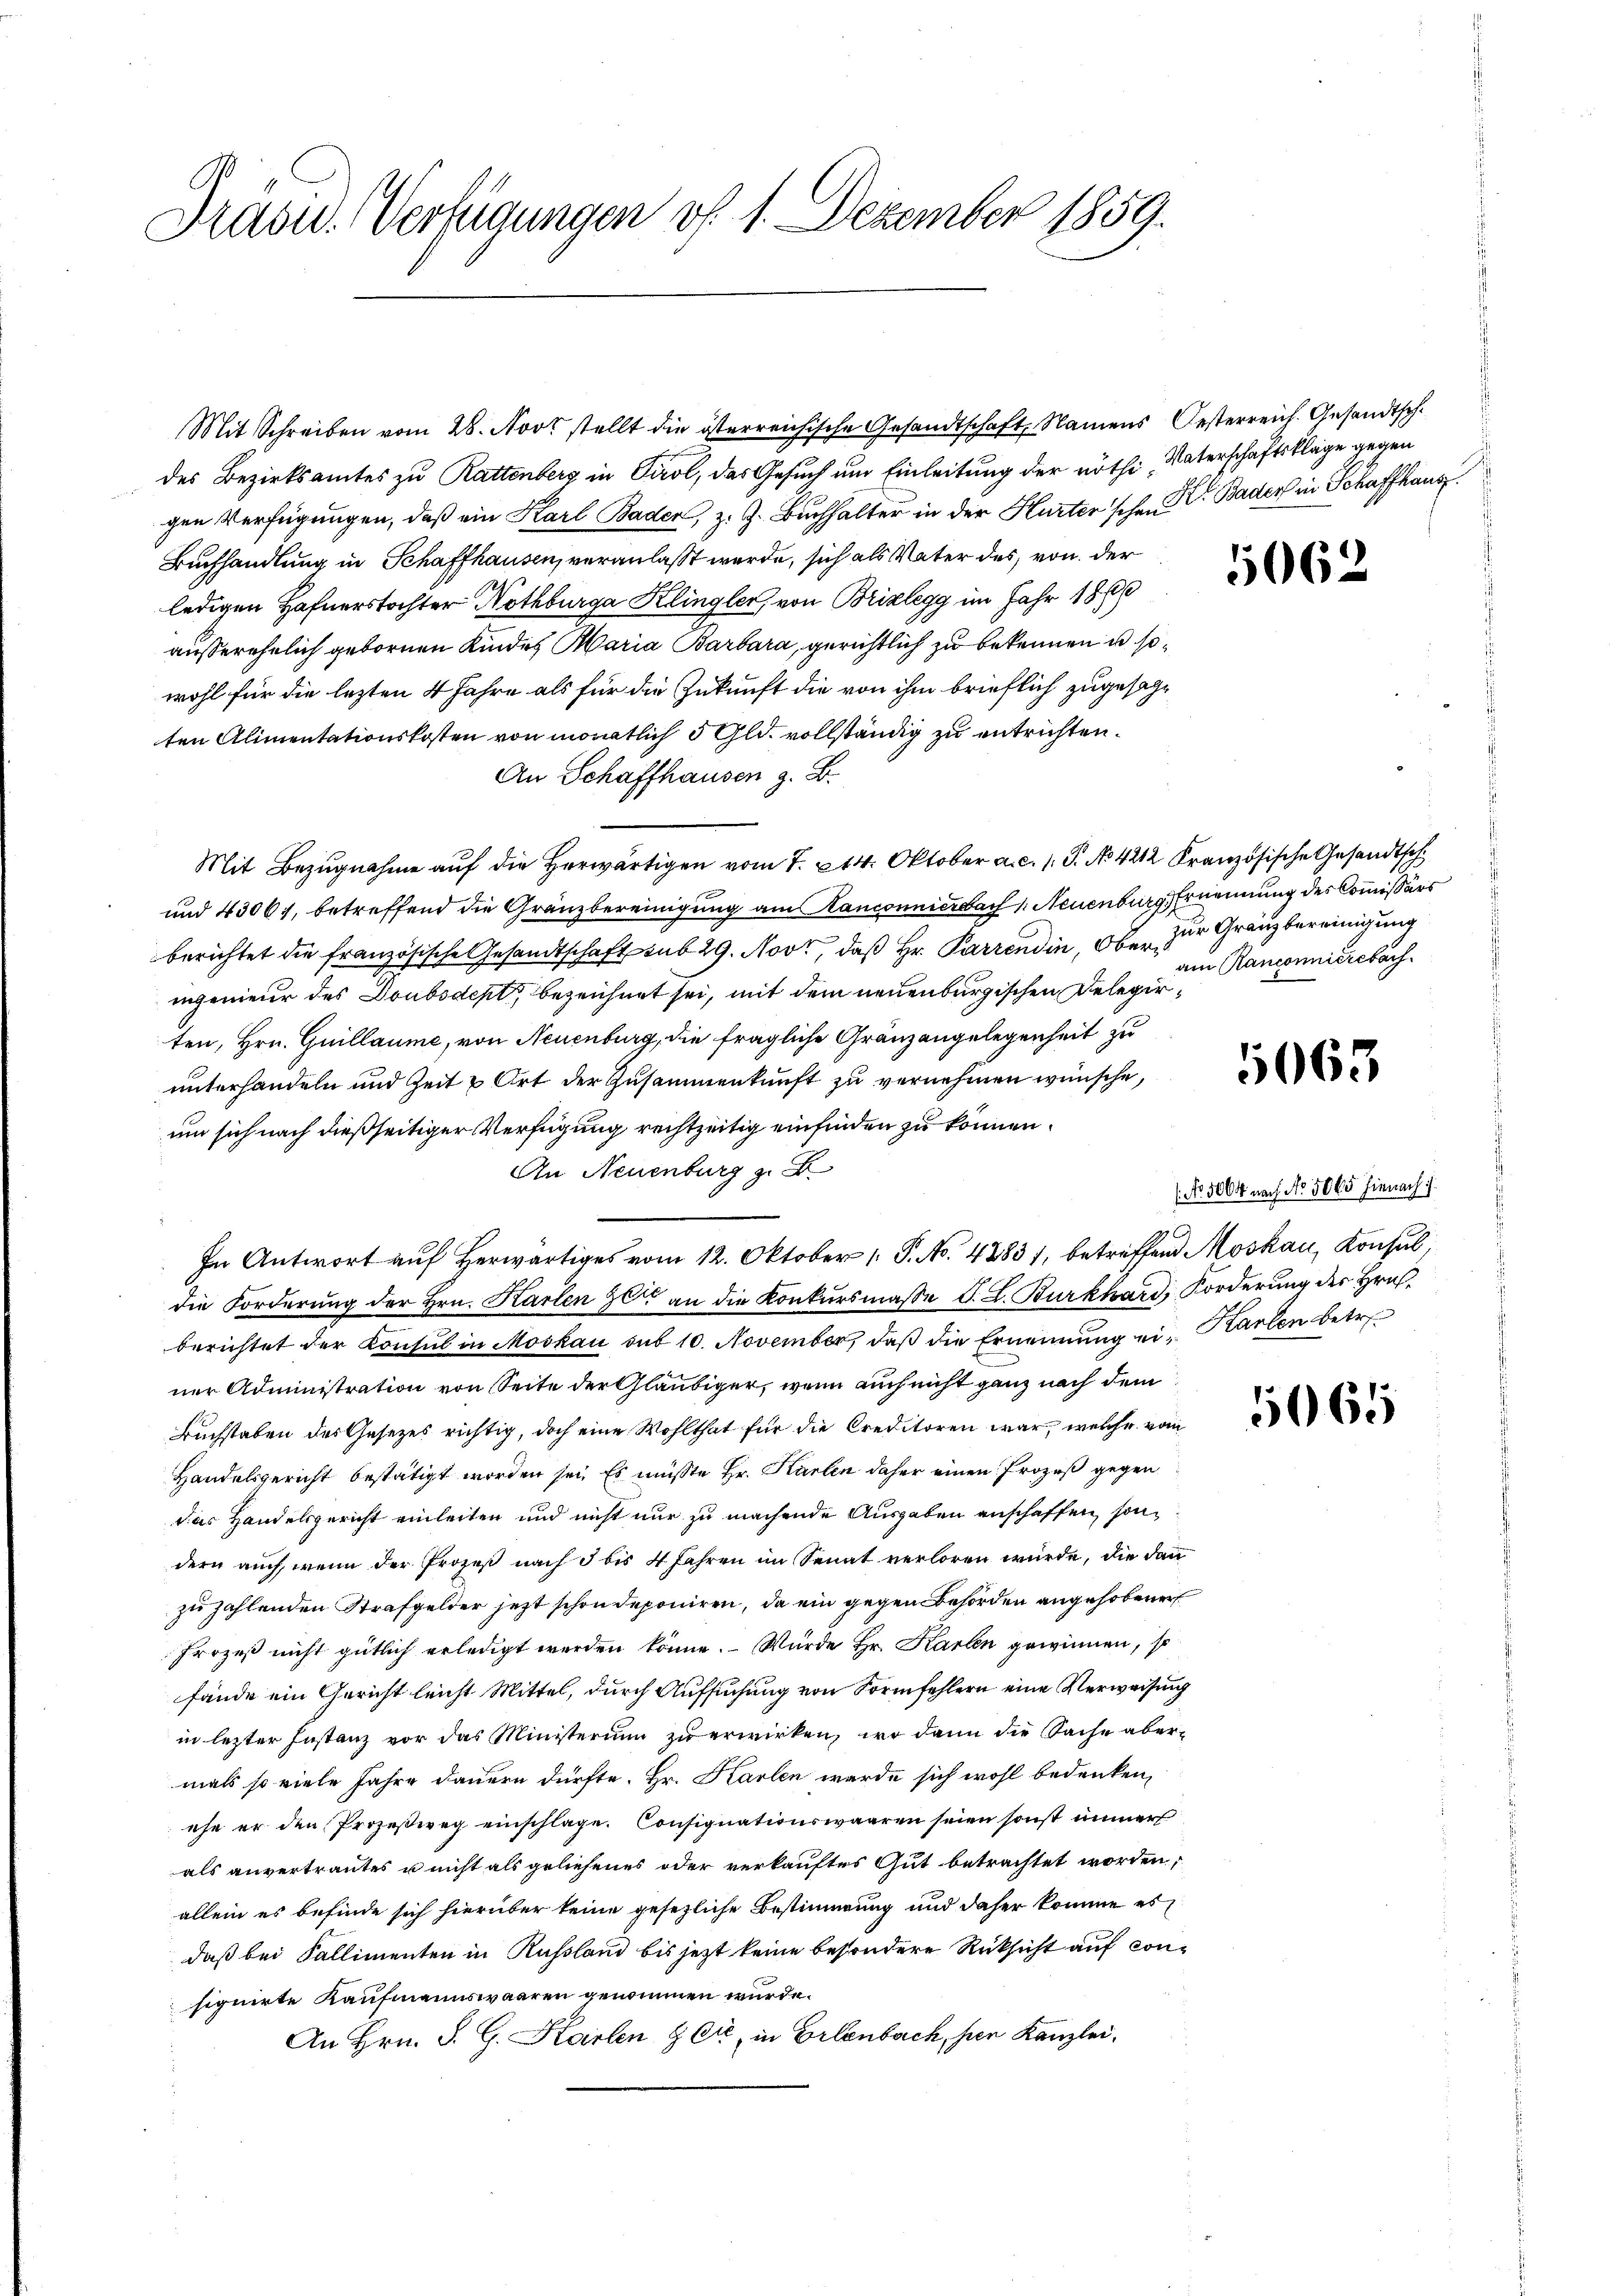
Präsid. Vertigungen vf. 1. Dezember 1859.

Mit Schreiben vom 28. Noos stellt die österreichische Gesandtschaft, Namens Oesterreich. Gesandtsch.
des Bezirksamtes zu Rattenberg in Tirol, das Gesuch um Einleitung der nöthi, Vaterschaftsklage gegen
gen Verfügungen, daß ein Karl Baden, z. Z. Buchhalter in der Hurter'schen Dr. Bader in Schaffhaus
Buchhandlung in Schaffhausen, veranlaßt werde, sich als Vater des von der
ledigen Hafnerstochter Nothburga Klingler von Brixlegg im Jahr 1860
außerehelich gebornen Kindes Maria Barbara, gerichtlich zu bekennen u. sowohl für die lezten 4 Jahre als für die Zukunft die von ihm brieflich zugesagten Alimentationskosten von monatlich 3 Gld. vollständig zu entrichten.
An Schaffhausen z. B.
Mit Bezugnahme auf die Herwärtigen vom 7. 214. Oktober a.c. (T. No 4212 Französische Gesandtsch
und 43061, betreffend die Gränzbereinigung am Kanconnierbach 1. Neuenburg Ernennung des Commissärs
berichtet die französische Gesandtschaft sub 29. Nove, daß Hr. Parrendin, Ober zur Gränzbereinigung
ingenieur des Doubsdept, bezeichnet sei, mit dem neuenburgischen Delegirten, Hrn. Guillaume, von Neuenburg, die fragliche Gränzangelegenheit zu
unterhandeln und Zeit & Ort der Zusammenkunft zu vernehmen wünsche,
um sich nach dießseitiger Verfügung rechtzeitig einfinden zu können.
An Neuenburg z. B.
In Antwort auf herwärtiges vom 12. Oktober 1. P. No. 48831, betreffend Moskau, Konsul,
die Forderung der Hrn. Karten 20 an die Konkursmasse d. L. Burkhard, Forderung des Hrn.
berichtet der Konsul in Moskau sub 10. November, daß die Ernennung ein Karten betr.
ner Administration von Seite der Gläubiger, wenn auch nicht ganz nach dem
Buchstaben des Gesetzes richtig, doch eine Wohlthat für die Creditoren war, welche vom
Handelsgericht bestätigt worden sei. Es müßte Hr. Karten daher einen Prozeß gegen
das Handelsgericht einleiten und nicht nur zu machende Ausgaben anschaffen, son
dern auch, wenn der Prozeß nach 3 bis 4 Jahren im Senat verloren würde, die dann
zu zahlenden Strafgelder jetzt schon deponiren, da ein gegen Behörden angehobener
Prozeß nicht gütlich erledigt werden könne. Wurde Hr. Karten gewinnen, so
fände ein Gericht leicht Mittel, durch Aufsuchung von Formfehlern eine Verweisung
in lezter Instanz vor das Ministerium zu erwirken, wo dann die Sache abermals so viele Jahre dauern dürfte. Hr. Karlen werde sich wohl bedenken,
ehe er den Prozeßweg einschlage. Consignationswaaren seien sonst immer
als anvertrautes u nicht als geliefenes oder verkauftes Gut betrachtet worden,
allein es befinde sich hierüber keine gesezliche Bestimmung und daher komme es
daß bei Fallimenten in Russland bis jezt keine besondere Rücksicht auf consignirte Kaufmannswaaren genommen wurde.
An Hrn. S. G. Karlen & Cie in Erlenbach, per Kanzlei,

5062

am Ranconnierebach

063

(No. 5064 nach No. 5065 hienach 1.

5065